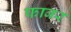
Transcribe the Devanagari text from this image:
फाबर